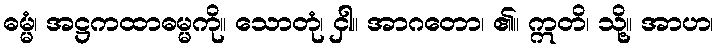
ဓမ္မံ၊ အဋ္ဌကထာဓမ္မကို။ သောတုံ၊ ငှါ။ အာဂတော၊ ၏။ ဣတိ၊ သို့။ အာဟ၊